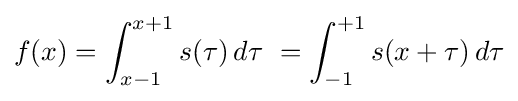
f(x)=\int _{x-1}^{x+1}s(\tau )\,d\tau \ =\int _{-1}^{+1}s(x+\tau )\,d\tau